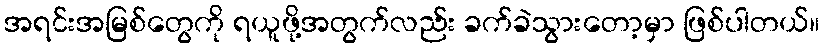
အရင်းအမြစ်တွေကို ရယူဖို့အတွက်လည်း ခက်ခဲသွားတော့မှာ ဖြစ်ပါတယ်။